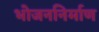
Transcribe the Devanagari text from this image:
भोजननिर्माण